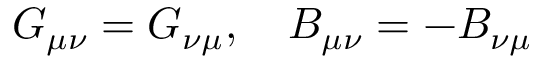
G _ { \mu \nu } = G _ { \nu \mu } , \quad B _ { \mu \nu } = - B _ { \nu \mu }